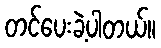
တင်ပေးခဲ့ပါတယ်။